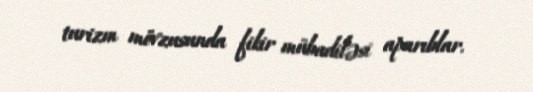
turizm mövzusunda fikir mübadiləsi aparıblar.